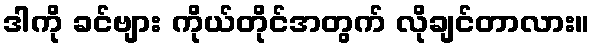
ဒါကို ခင်ဗျား ကိုယ်တိုင်အတွက် လိုချင်တာလား။